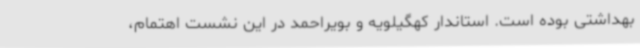
بهداشتی بوده است. استاندار کهگیلویه و بویراحمد در این نشست اهتمام،